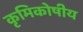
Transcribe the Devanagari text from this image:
कृमिकोषीय